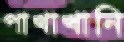
পাখাখানি